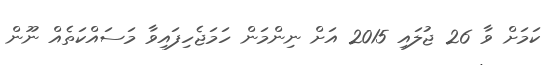
ކަމަށް ވާ 26 ޖުލައި 2015 އަށް ނިންމަން ހަމަޖެހިފައިވާ މަސައްކަތެއް ނޫން